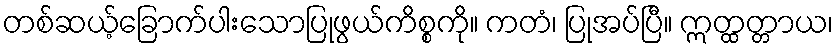
တစ်ဆယ့်ခြောက်ပါးသောပြုဖွယ်ကိစ္စကို။ ကတံ၊ ပြုအပ်ပြီ။ ဣတ္ထတ္တာယ၊